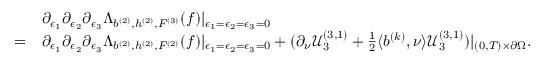
\begin{array} { r l } & { \partial _ { \epsilon _ { 1 } } \partial _ { \epsilon _ { 2 } } \partial _ { \epsilon _ { 3 } } { \Lambda } _ { b ^ { ( 2 ) } , h ^ { ( 2 ) } , F ^ { ( 3 ) } } ( f ) | _ { \epsilon _ { 1 } = \epsilon _ { 2 } = \epsilon _ { 3 } = 0 } } \\ { = } & { \partial _ { \epsilon _ { 1 } } \partial _ { \epsilon _ { 2 } } \partial _ { \epsilon _ { 3 } } \Lambda _ { b ^ { ( 2 ) } , h ^ { ( 2 ) } , F ^ { ( 2 ) } } ( f ) | _ { \epsilon _ { 1 } = \epsilon _ { 2 } = \epsilon _ { 3 } = 0 } + ( \partial _ { \nu } \mathcal { U } _ { 3 } ^ { ( 3 , 1 ) } + \frac { 1 } { 2 } \langle b ^ { ( k ) } , \nu \rangle \mathcal { U } _ { 3 } ^ { ( 3 , 1 ) } ) | _ { ( 0 , T ) \times \partial \Omega } . } \end{array}